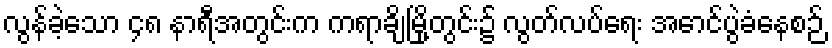
လွန်ခဲ့သော ၄၈ နာရီအတွင်းက ကရာချိမြို့တွင်း၌ လွတ်လပ်ရေး အောင်ပွဲခံနေစဉ်